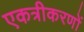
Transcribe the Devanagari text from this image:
एकत्रीकरणों